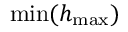
\operatorname* { m i n } ( h _ { \operatorname* { m a x } } )